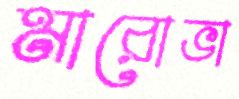
মারোভা